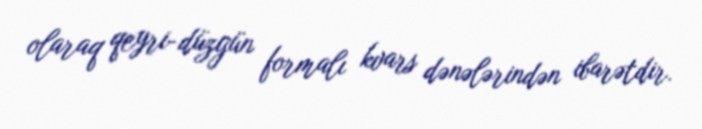
olaraq qeyri-düzgün formalı kvars dənələrindən ibarətdir.